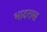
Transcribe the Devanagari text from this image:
भादरास